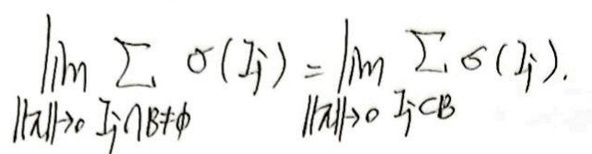
\[
\lim_{\lVert \alpha \rVert \to 0} \sum_{I_j \cap B \neq \varnothing} \sigma(I_j) = \lim_{\lVert \alpha \rVert \to 0} \sum_{I_j \subset B} \sigma(I_j).
\]